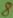
Text: 8